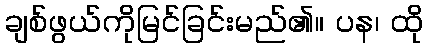
ချစ်ဖွယ်ကိုမြင်ခြင်းမည်၏။ ပန၊ ထို